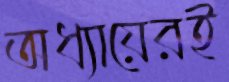
অধ্যায়েরই